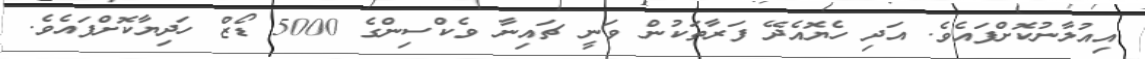
އިއުލާނުކޮށްފައެވެ. އަދި ހެޔޮއެދޭ ފަރާތަކުން ވަނީ ޗައިނާ ވެކްސިންގެ 5000 ޑޯޒް ހަދިޔާކޮށްފައެވެ.